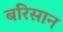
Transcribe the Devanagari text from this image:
बरिसान